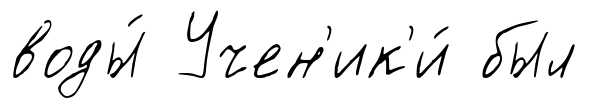
воды́ Учен'ик'и́ был